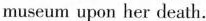
museum upon her death.